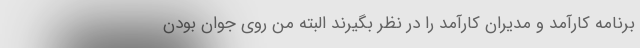
برنامه کارآمد و مدیران کارآمد را در نظر بگیرند البته من روی جوان بودن